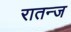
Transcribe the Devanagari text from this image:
रातन्ज